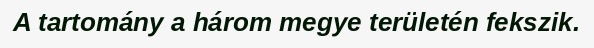
A tartomány a három megye területén fekszik.